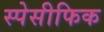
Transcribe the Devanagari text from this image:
स्पेसीफिक